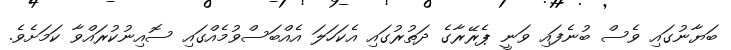
ބަޔާނުގައި ވެސް ބުނެފައި ވަނީ ޕެރޭރާގެ ދަތުރުގައި އެކަހަލަ އެއްބަސްވުމެއްގައި ސޮއިނުކުރައްވާ ކަމަށެވެ.